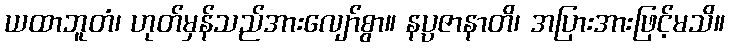
ယထာဘူတံ၊ ဟုတ်မှန်သည်အားလျော်စွာ။ နပ္ပဇာနာတိ၊ အပြားအားဖြင့်မသိ။